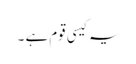
یہ کیسی قوم ہے ۔